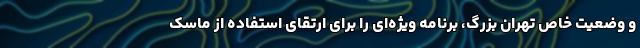
و وضعیت خاص تهران بزرگ، برنامه ویژه‌ای را برای ارتقای استفاده از ماسک